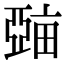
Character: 𤲾